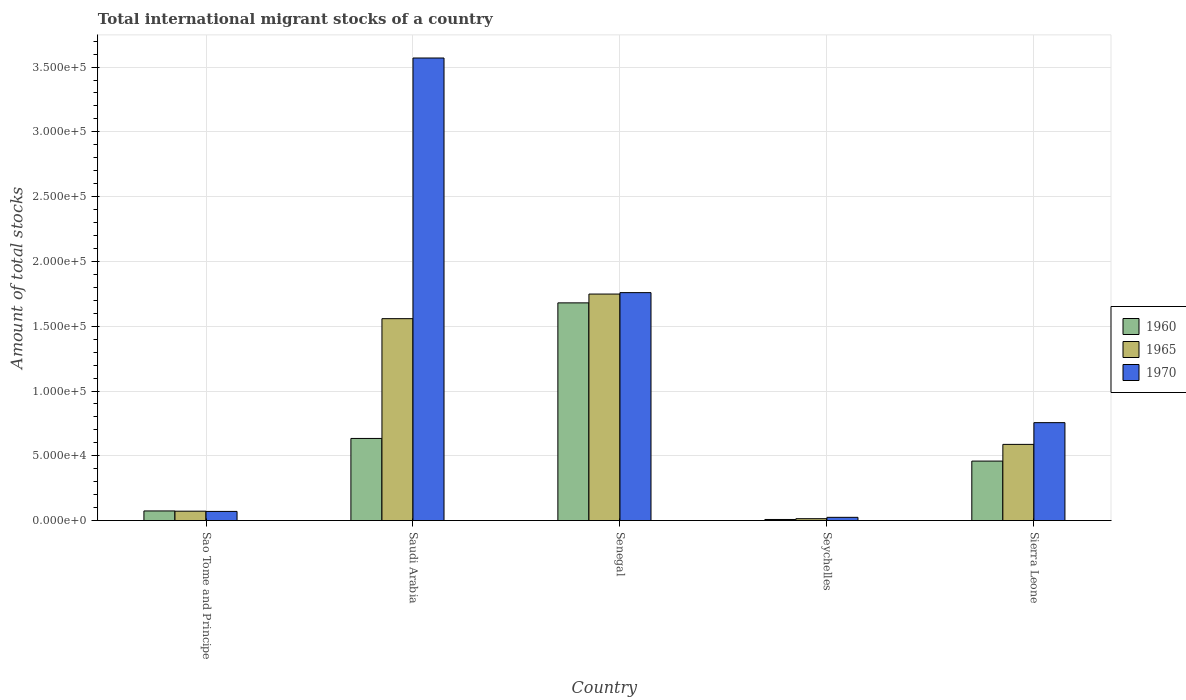
| Country | 1960 | 1965 | 1970 |
 | --- | --- | --- | --- |
 | Sao Tome and Principe | 7.44e+03 | 7.25e+03 | 7.07e+03 |
 | Saudi Arabia | 6.34e+04 | 1.56e+05 | 3.57e+05 |
 | Senegal | 1.68e+05 | 1.75e+05 | 1.76e+05 |
 | Seychelles | 845 | 1.46e+03 | 2.51e+03 |
 | Sierra Leone | 4.59e+04 | 5.88e+04 | 7.56e+04 |